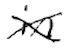
Text: in
Cross-out: cross
Writing tool: digital_black